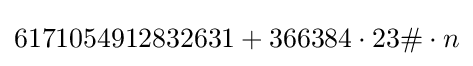
6171054912832631+366384\cdot 23\#\cdot n